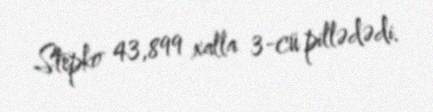
Stepko 43,899 xalla 3-cü pillədədi.